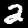
Digit: 2